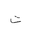
Letter: _ta